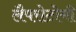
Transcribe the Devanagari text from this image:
लैपरोटोमी